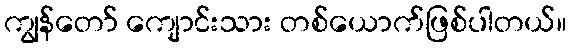
ကျွန်တော် ကျောင်းသား တစ်ယောက်ဖြစ်ပါတယ်။